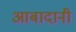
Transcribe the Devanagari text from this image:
आबादानी